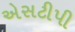
એસટીપી